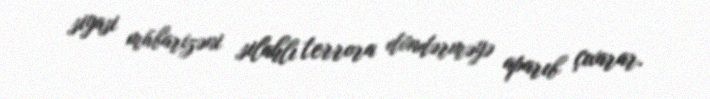
siyasi mübarizəni silahlı terrora döndərməyə aparıb çıxarar.